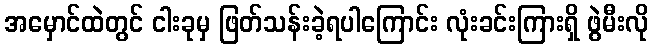
အမှောင်ထဲတွင် ငါးခုမှ ဖြတ်သန်းခဲ့ရပါကြောင်း လုံးခင်းကြားရှိ ဖွဲမီးလို